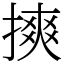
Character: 摤